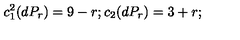
c _ { 1 } ^ { 2 } ( d P _ { r } ) = 9 - r ; c _ { 2 } ( d P _ { r } ) = 3 + r ;